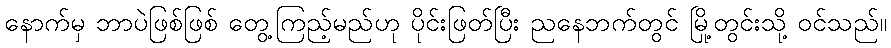
နောက်မှ ဘာပဲဖြစ်ဖြစ် တွေ့ကြည့်မည်ဟု ပိုင်းဖြတ်ပြီး ညနေဘက်တွင် မြို့တွင်းသို့ ဝင်သည်။